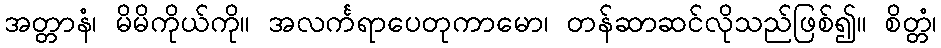
အတ္တာနံ၊ မိမိကိုယ်ကို။ အလင်္ကရာပေတုကာမော၊ တန်ဆာဆင်လိုသည်ဖြစ်၍။ စိတ္တံ၊